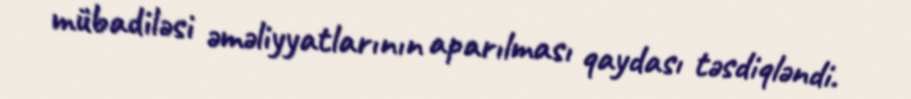
mübadiləsi əməliyyatlarının aparılması qaydası təsdiqləndi.